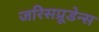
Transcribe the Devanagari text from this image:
जरिसप्रूडेन्स